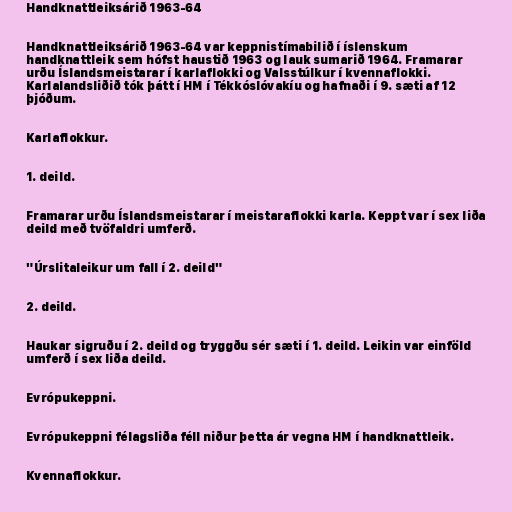
Handknattleiksárið 1963-64

Handknattleiksárið 1963-64 var keppnistímabilið í íslenskum
handknattleik sem hófst haustið 1963 og lauk sumarið 1964. Framarar
urðu Íslandsmeistarar í karlaflokki og Valsstúlkur í kvennaflokki.
Karlalandsliðið tók þátt í HM í Tékkóslóvakíu og hafnaði í 9. sæti af 12
þjóðum.

Karlaflokkur.

1. deild.

Framarar urðu Íslandsmeistarar í meistaraflokki karla. Keppt var í sex liða
deild með tvöfaldri umferð.

"Úrslitaleikur um fall í 2. deild"

2. deild.

Haukar sigruðu í 2. deild og tryggðu sér sæti í 1. deild. Leikin var einföld
umferð í sex liða deild.

Evrópukeppni.

Evrópukeppni félagsliða féll niður þetta ár vegna HM í handknattleik.

Kvennaflokkur.